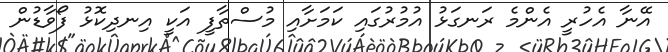
އޭނާ އެހުރީ އެންމެ ރަނގަޅު އުމުރުގައި ކަމަށާއި މުސްތާފީ އަކީ އިނދިކޮޅު ފޯވާޑުން